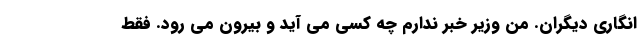
انگاری دیگران. من وزیر خبر ندارم چه کسی می آید و بیرون می رود. فقط